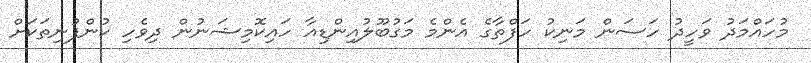
މުހައްމަދު ވަހީދު ހަސަން މަނިކު ހަފްތާގެ އެންމެ މަގުބޫލުއިންޑިއާ ހައިކޮމިޝަނުން ދިވެހި ކުންފުނިތަކަށް